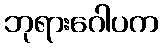
ဘုရားဂေါပက